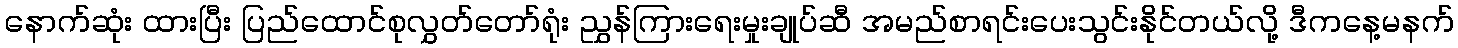
နောက်ဆုံး ထားပြီး ပြည်ထောင်စုလွှတ်တော်ရုံး ညွှန်ကြားရေးမှုးချုပ်ဆီ အမည်စာရင်းပေးသွင်းနိုင်တယ်လို့ ဒီကနေ့မနက်